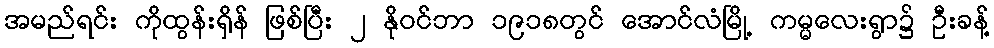
အမည်ရင်း ကိုထွန်းရှိန် ဖြစ်ပြီး ၂ နိုဝင်ဘာ ၁၉၁၈တွင် အောင်လံမြို့ ကမ္မလေးရွာ၌ ဦးခန့်